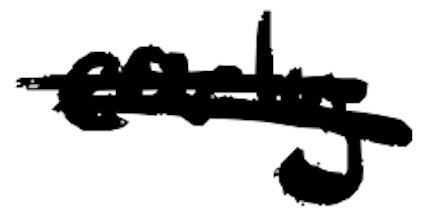
Text: early
Cross-out: double-line
Writing tool: digital_black